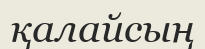
қалайсың